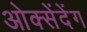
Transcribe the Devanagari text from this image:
ओक्सेंदेंग